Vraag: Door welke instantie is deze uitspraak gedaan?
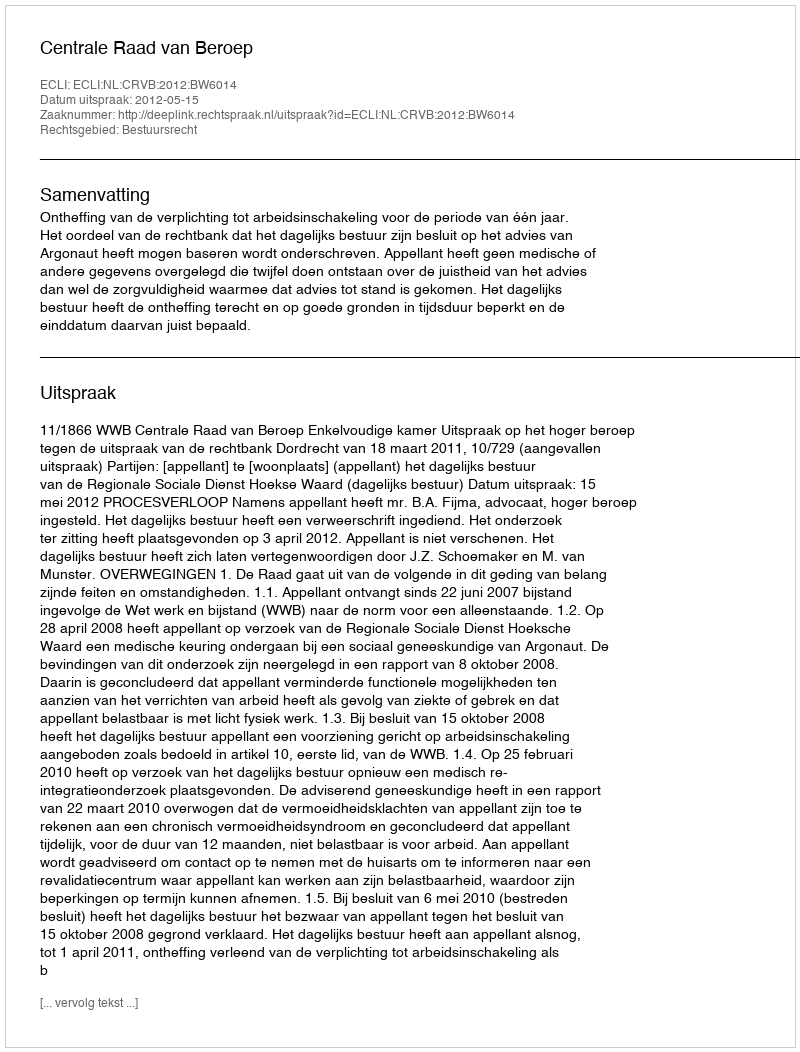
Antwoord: Centrale Raad van Beroep